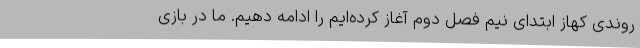
روندی کهاز ابتدای نیم فصل دوم آغاز کرده‌ایم را ادامه دهیم. ما در بازی